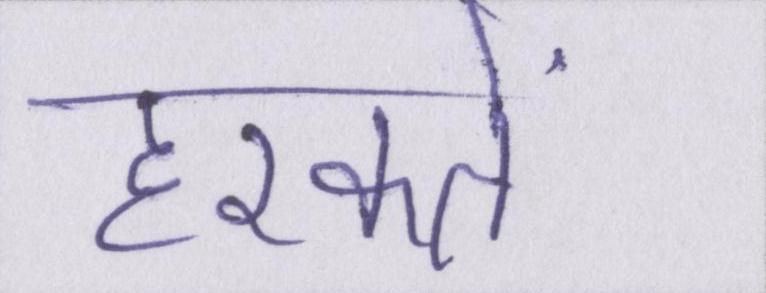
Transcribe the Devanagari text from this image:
हरकतें